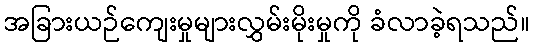
အခြားယဉ်ကျေးမှုများလွှမ်းမိုးမှုကို ခံလာခဲ့ရသည်။